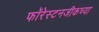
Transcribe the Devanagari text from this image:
फॉरेस्टनजीकच्या